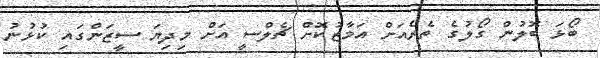
ބޯޅަ ބޮލުން ގޯލުގެ ތެރެއަށް އަމާޒުކޮށް ޗެލްސީ އަށް މިދިޔަ ސީޒަންގައި ކުޅުނު